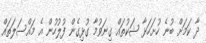
ދާ ކަމަށް ބުނެ ހުށަހަޅާ ޝަކުތައް ގިނަވުމާ ގުޅިގެން ފުލުހުން އެ މައްސަލަތައް